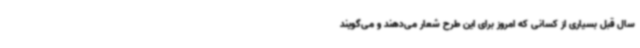
سال قبل بسیاری از کسانی که امروز برای این طرح شعار می‌دهند و می‌گویند